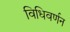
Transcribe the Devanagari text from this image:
विधिवर्णन